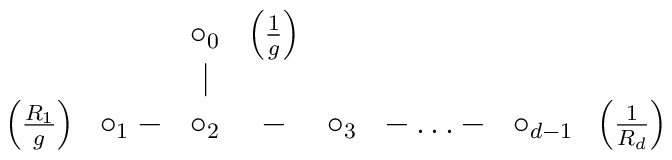
\begin{array}{ccccccc}& \circ_{0} & \left(\frac{1}{g}\right)  &&&&\\& \mid          &&&&&\\\left(\frac{R_1}{g}\right) \;\; \circ_{1} - & \circ_{2}  &-&\circ_{3} &- \dots-&\circ_{d-1} \;\; \left(\frac{1}{R_d}\right)  \\\end{array}